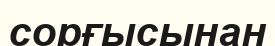
сорғысынан